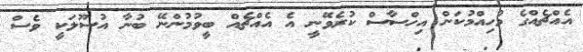
އެއްޗެއްގެ މުހިއްމުކަން އިހްސާސް ކުރެވޭނީ އެ އެއްޗެއް ބީވުމުންނޭ ބުނާ އުސޫލަކީ ވެސް